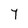
Character: Y